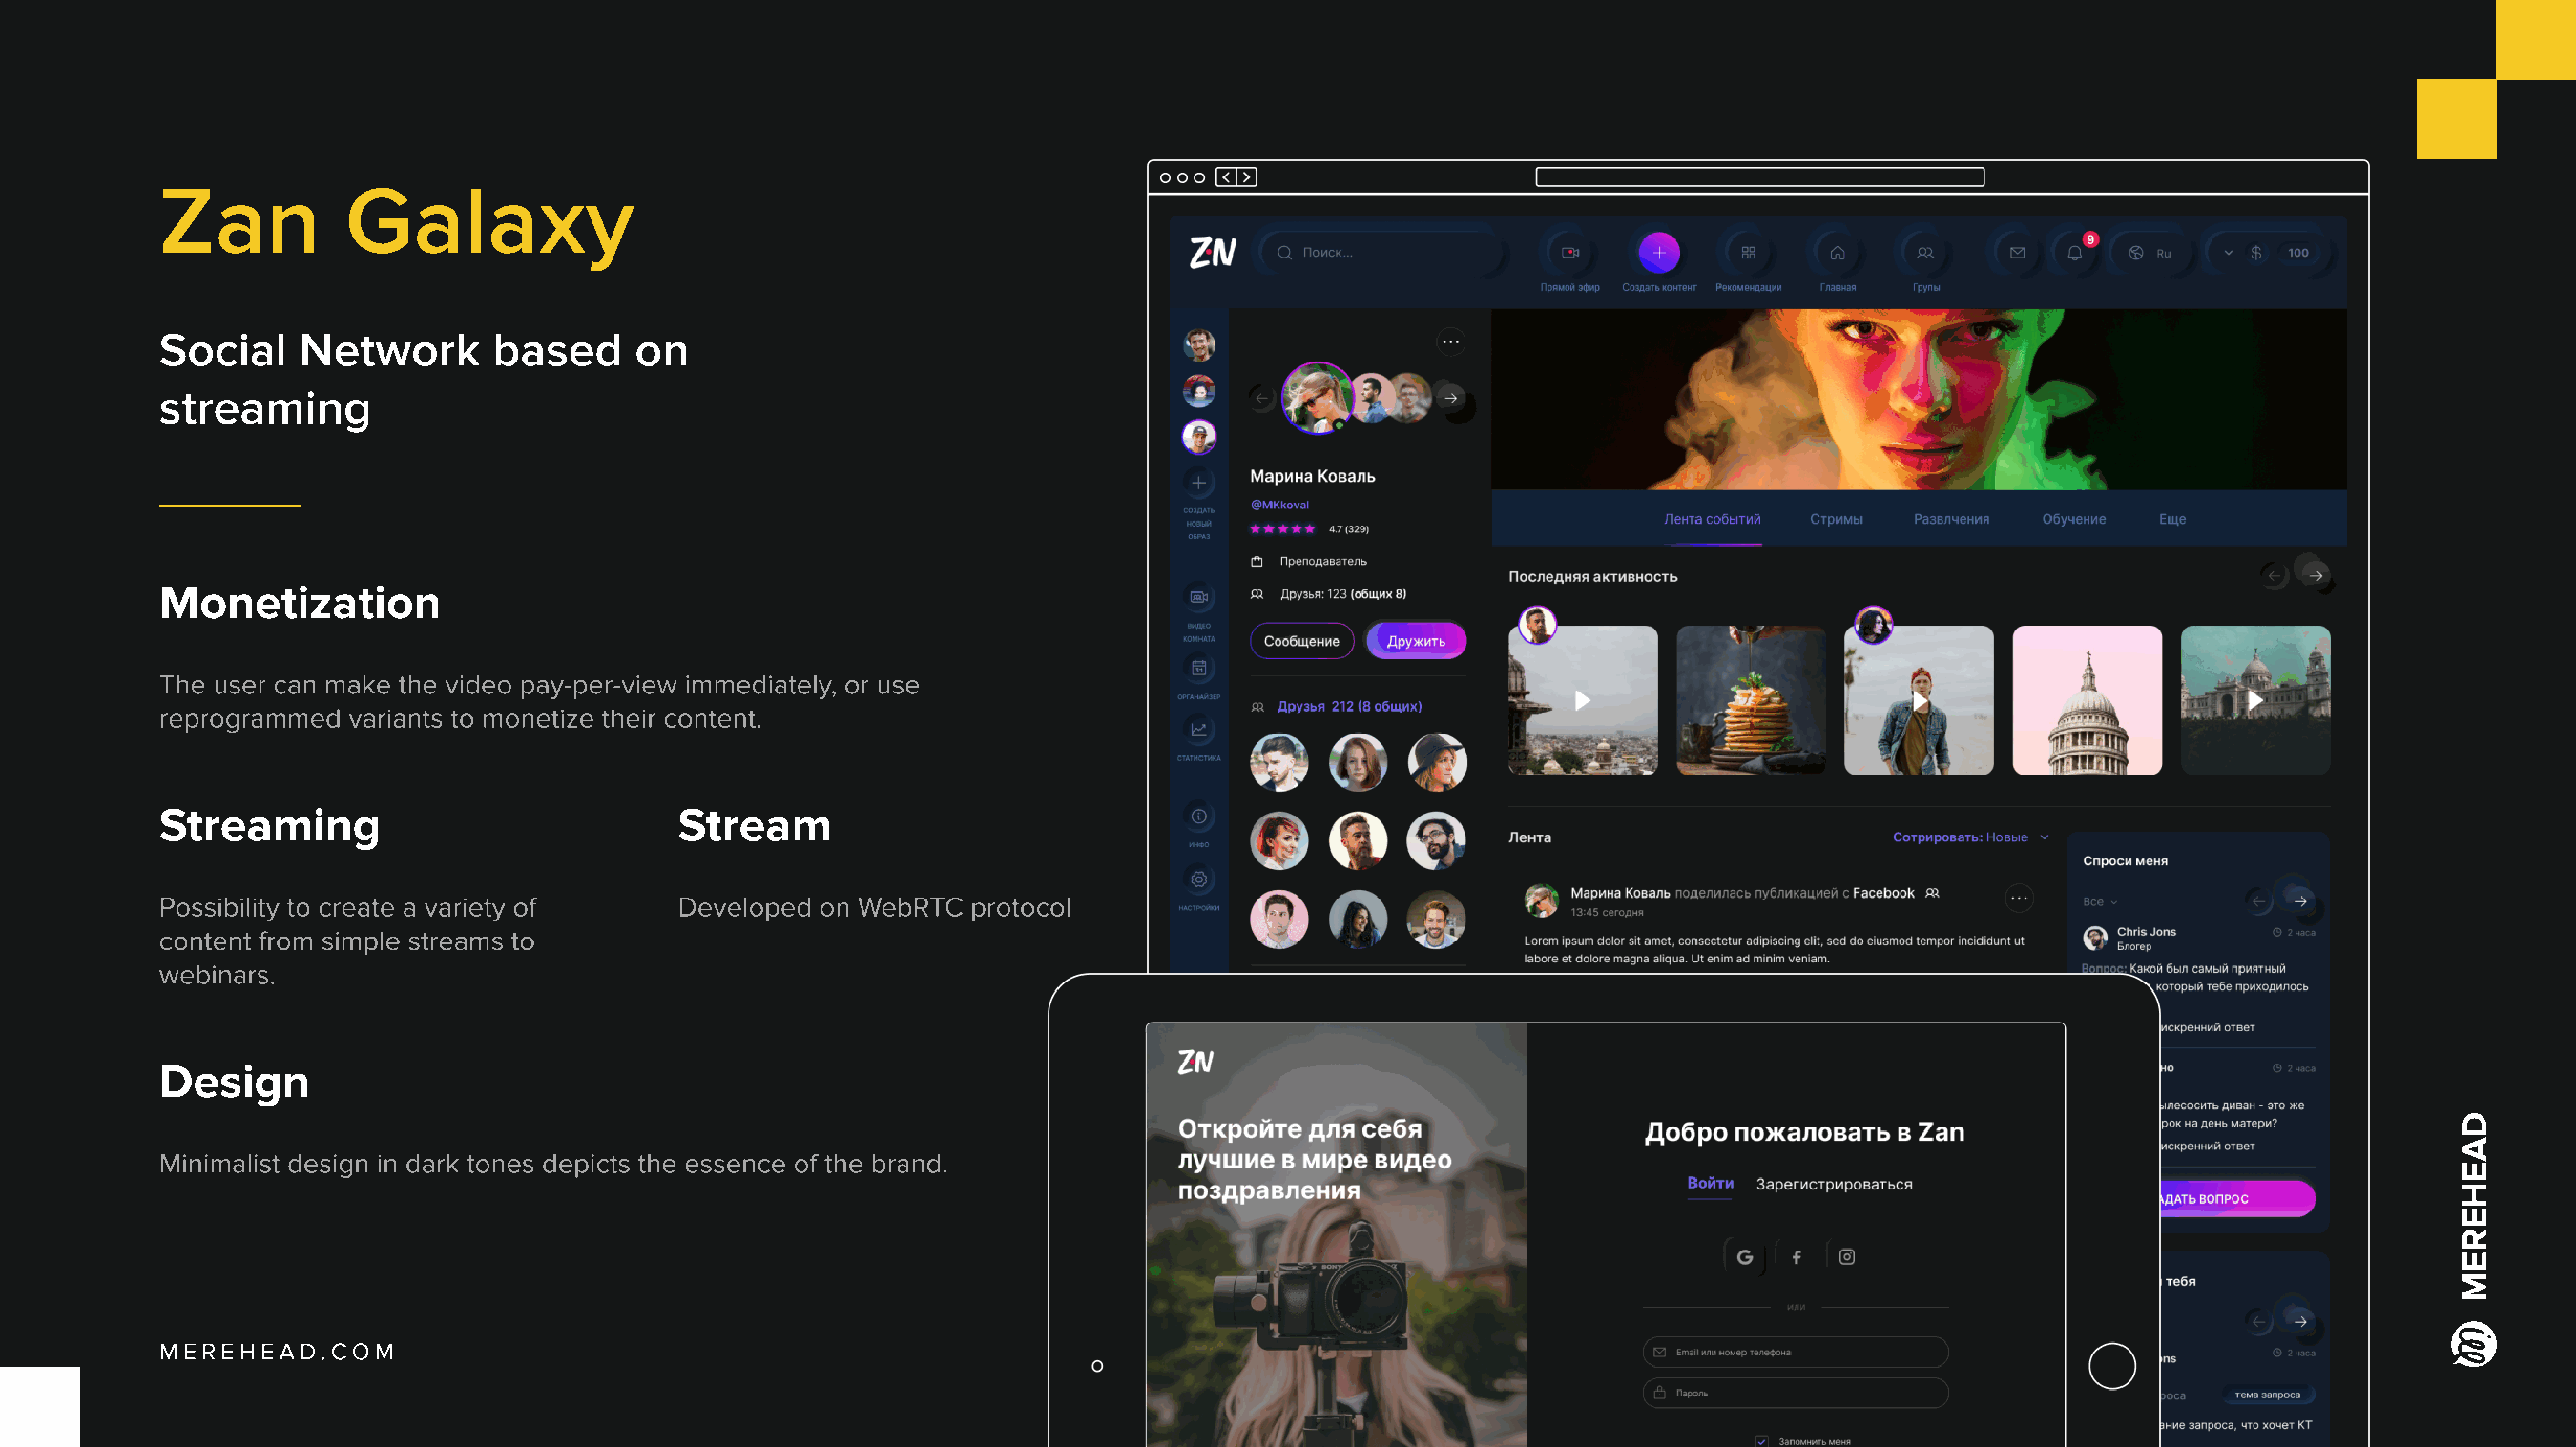
Zan          Galaxy
 Social    Network      based     on
 streaming
 Monetization
 The user can make the video pay-per-view immediately, or use
 reprogrammed variants to monetize their content.
 Streaming                           Stream
 Possibility to create a variety of
 Developed on WebRTC protocol
 content from simple streams to
 webinars.
 Design
 Minimalist design in dark tones depicts the essence of the brand.
 Merehead.com